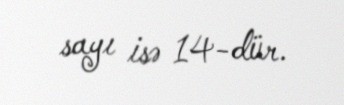
sayı isə 14-dür.